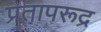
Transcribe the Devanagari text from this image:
प्रतापरूद्र